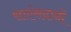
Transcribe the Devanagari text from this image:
साएंसदानों